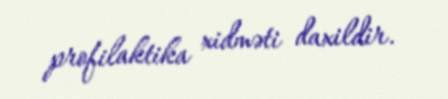
profilaktika xidməti daxildir.